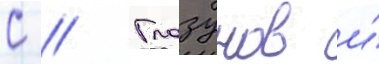
С // Глазунов и́